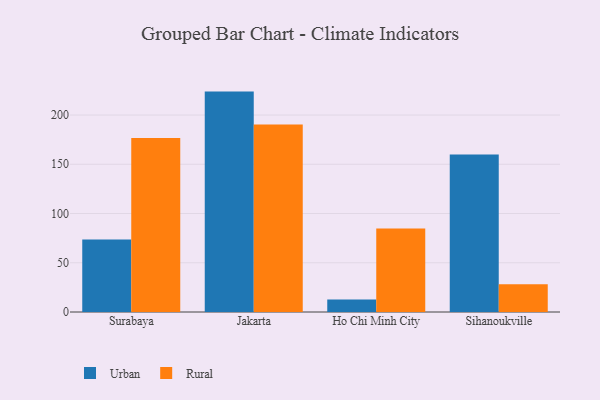
{"axis": {"x": "City", "y": "Budget (USD K)"}, "legend": ["Rural", "Urban"], "data": [{"x": "Surabaya", "y": 73.7, "type": "Urban"}, {"x": "Surabaya", "y": 176.8, "type": "Rural"}, {"x": "Jakarta", "y": 223.8, "type": "Urban"}, {"x": "Jakarta", "y": 190.4, "type": "Rural"}, {"x": "Ho Chi Minh City", "y": 12.6, "type": "Urban"}, {"x": "Ho Chi Minh City", "y": 84.8, "type": "Rural"}, {"x": "Sihanoukville", "y": 159.9, "type": "Urban"}, {"x": "Sihanoukville", "y": 28.1, "type": "Rural"}]}